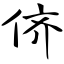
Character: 侪